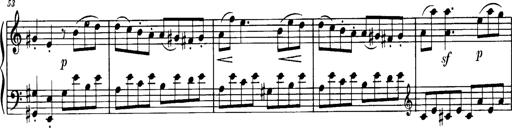
Title: Sonatine in C
Composer: Anton Eberl
Key: C major